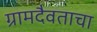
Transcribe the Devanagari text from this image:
ग्रामदैवताचा